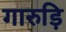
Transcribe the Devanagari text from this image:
गारुड़ि